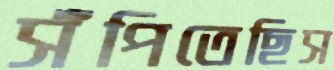
সঁপিতেছিস